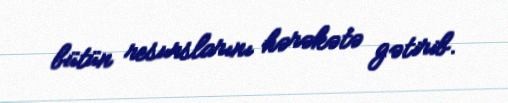
bütün resurslarını hərəkətə gətirib.